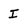
Character: I